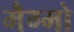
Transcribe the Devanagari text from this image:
मैग्मो